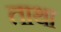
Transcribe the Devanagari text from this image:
ताथा